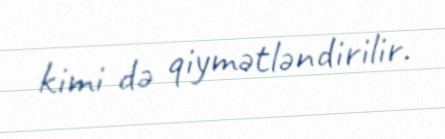
kimi də qiymətləndirilir.